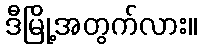
ဒီမြို့အတွက်လား။